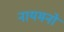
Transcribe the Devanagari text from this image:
नायमनों